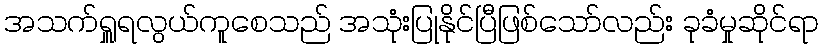
အသက်ရှူရလွယ်ကူစေသည် အသုံးပြုနိုင်ပြီဖြစ်သော်လည်း ခုခံမှုဆိုင်ရာ